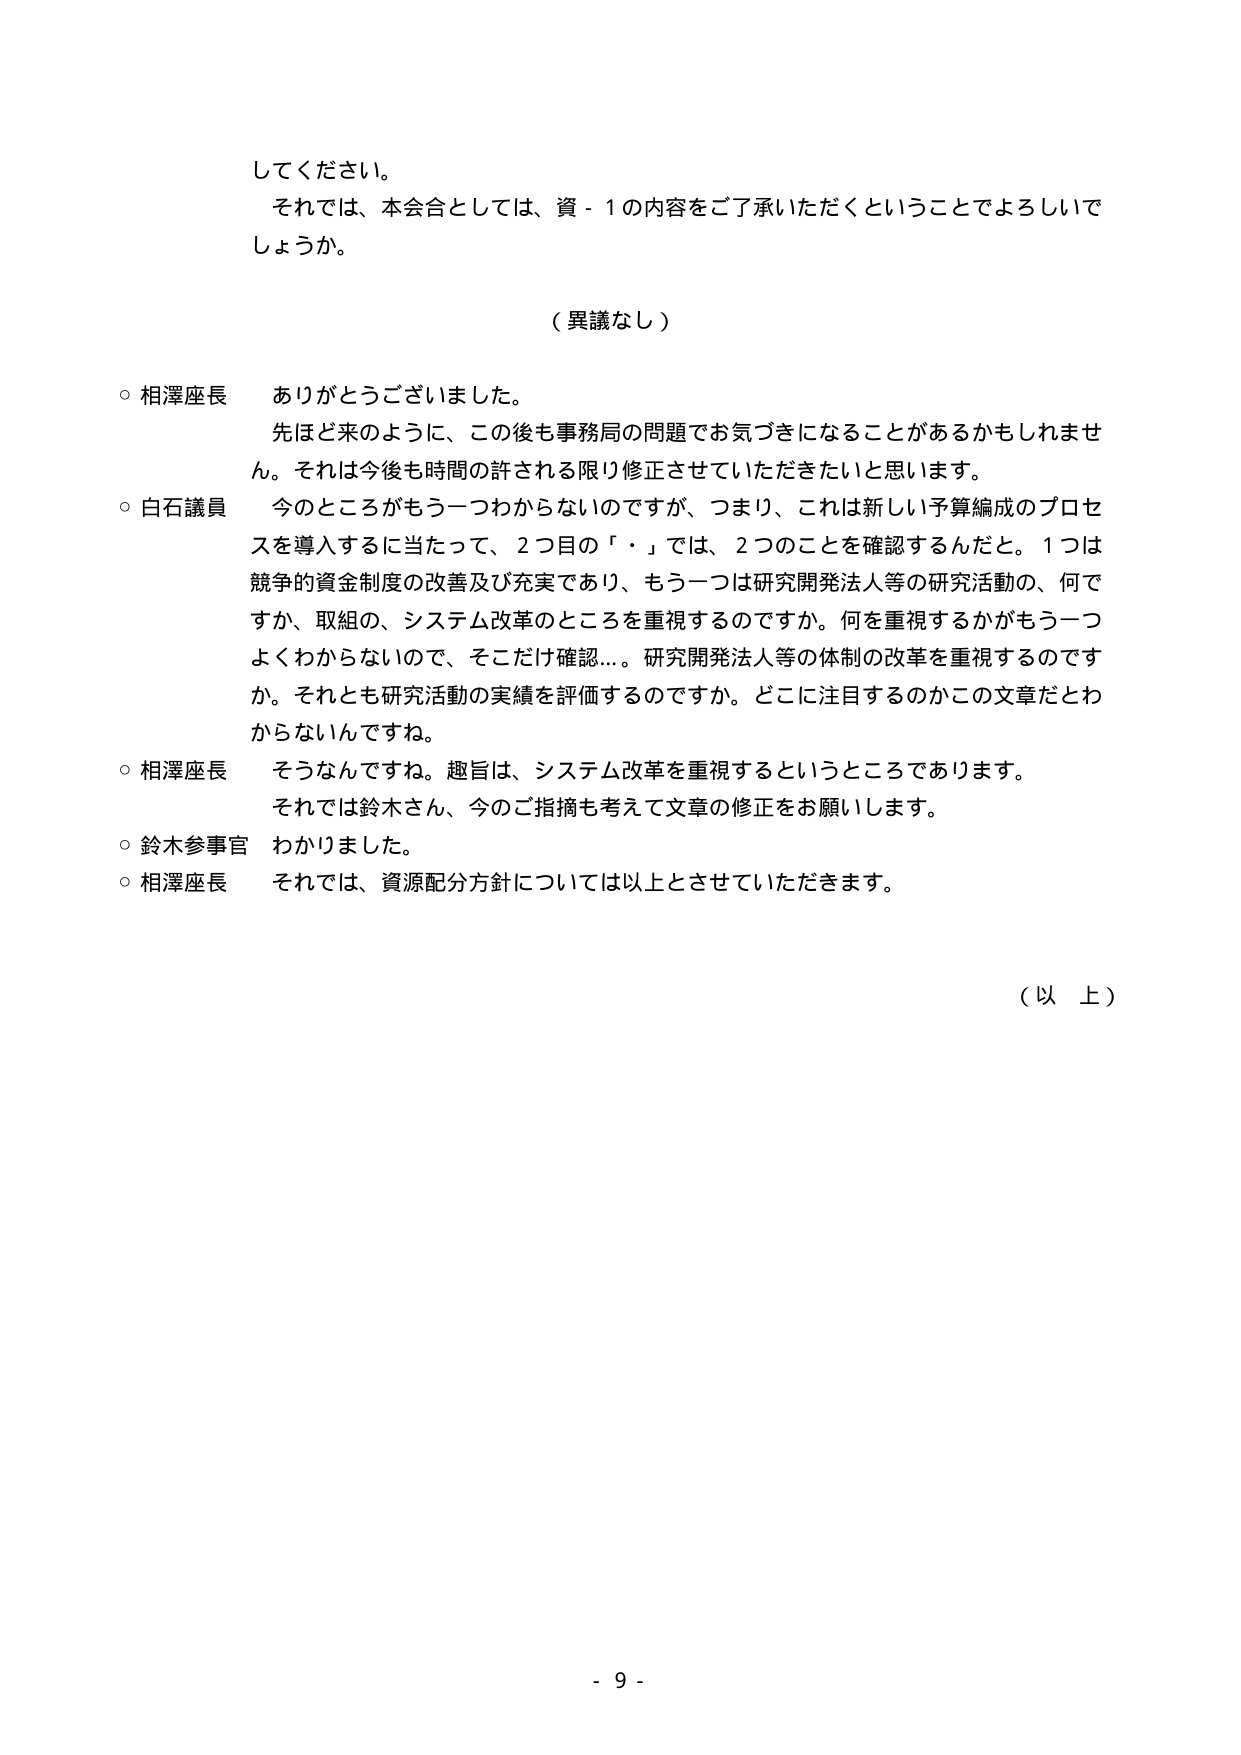
してください。
それでは、本会合としては、資－１の内容をご了承いただくということでよろしいでしょうか。

（異議なし）

○ 相澤座長　ありがとうございました。
　　先ほど来のように、この後も事務局の問題でお気づきになることがあるかもしれません。それは今後も時間の許される限り修正させていただきたいと思います。

○ 白石議員　今のところがもう一つわからないのですが、つまり、これは新しい予算編成のプロセスを導入するに当たって、２つ目の「・」では、２つのことを確認するんだと。１つは競争的資金制度の改善及び充実であり、もう一つは研究開発法人等の研究活動の、何ですか、取組の、システム改革のところを重視するのですか。何を重視するかがもう一つよくわからないので、そこだけ確認…。研究開発法人等の体制の改革を重視するのですか。それとも研究活動の実績を評価するのですか。どこに注目するのかこの文章だとわからないんですね。

○ 相澤座長　そうなんですね。趣旨は、システム改革を重視するというところであります。
　　それでは鈴木さん、今のご指摘も考えて文章の修正をお願いします。

○ 鈴木参事官　わかりました。

○ 相澤座長　それでは、資源配分方針については以上とさせていただきます。

（以上）

- 9 -